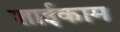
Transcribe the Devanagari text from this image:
शाईकाम